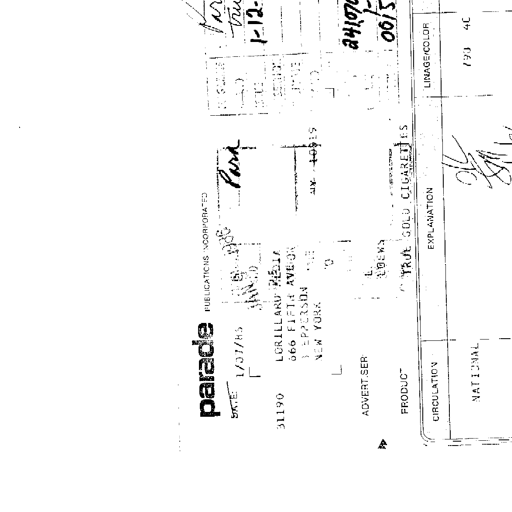
K
True
1-12-
241070
0015
Park
1986
JAN 30
10315
L
LOEWS
OL
SA
parade PUBLICATIONS INCORPORATED
DATE 1/31/85
31190 LORILLARD MEDIA
666 FIFTH AVENUE
JEFFERSON
NEW YORK
ADVERTISER
PRODUCT TRUE GOLD CIGARETTES
CIRCULATION EXPLANATION LINEAGE/COLOR
NATIONAL 790 4C